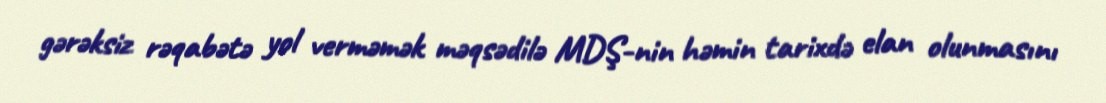
gərəksiz rəqabətə yol verməmək məqsədilə MDŞ-nin həmin tarixdə elan olunmasını